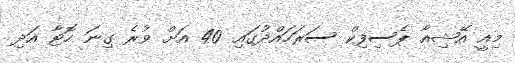
މިއީ އޭޝިއާ ޕެސިފިކް ސަރަހައްދުގައި 40 އަށް ވުރެ ގިނަ ހޮޓާ އަދި